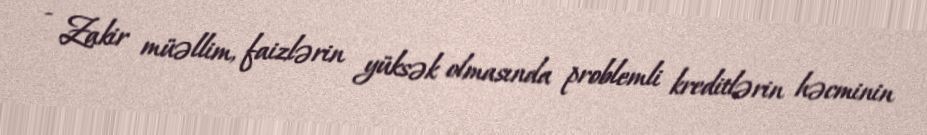
- Zakir müəllim, faizlərin yüksək olmasında problemli kreditlərin həcminin